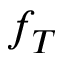
f _ { T }